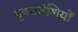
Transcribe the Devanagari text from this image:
पृषठवंशियों